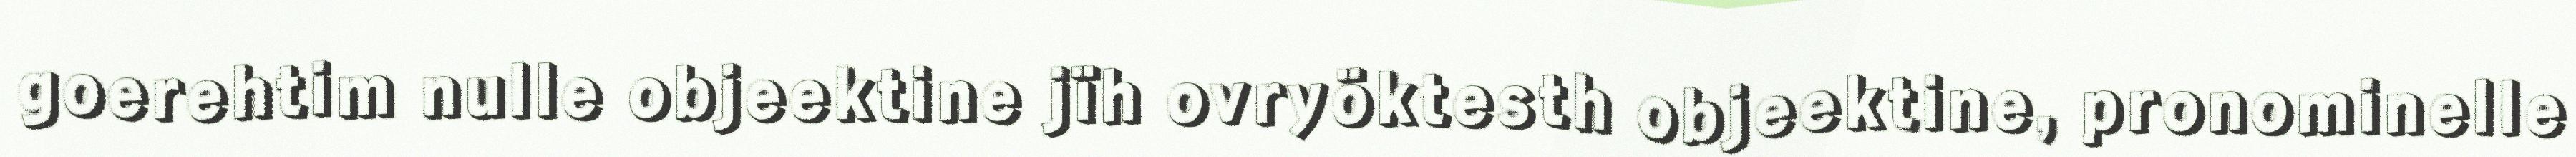
goerehtim nulle objeektine jïh ovryöktesth objeektine, pronominelle